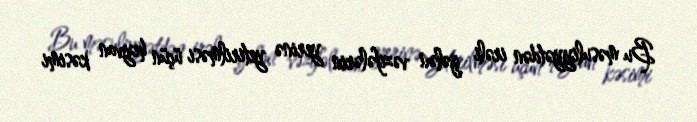
Bu məsuliyyətdən irəli gələn vəzifələrin yerinə yetirilməsi üçün heyvan kəsimi